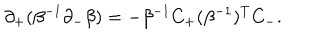
LaTeX: \partial _ { + } ( \beta ^ { - 1 } \partial _ { - } \beta ) = - \beta ^ { - 1 } C _ { + } ( \beta ^ { - 1 } ) ^ { T } C _ { - } .